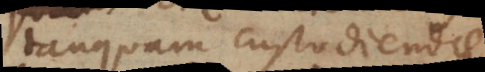
tanquam custodiendae